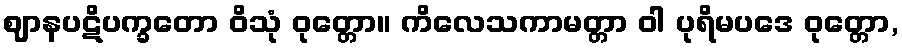
ဈာနပဋိပက္ခတော ဝိသုံ ဝုတ္တော။ ကိလေသကာမတ္တာ ဝါ ပုရိမပဒေ ဝုတ္တော,